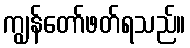
ကျွန်တော်ဖတ်ရသည်။